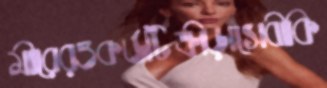
মীরেরওকর্ডটিক্রীড়াসেবীকি